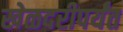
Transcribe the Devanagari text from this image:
खेळदरीपर्यंत